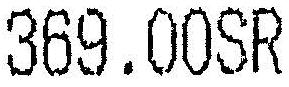
369.00SR